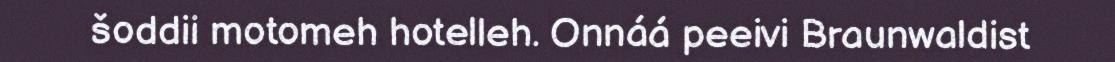
šoddii motomeh hotelleh. Onnáá peeivi Braunwaldist